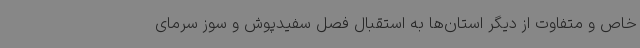
خاص و متفاوت از دیگر استان‌ها به استقبال فصل سفیدپوش و سوز سرمای